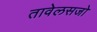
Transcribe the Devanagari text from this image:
तावेलसजो